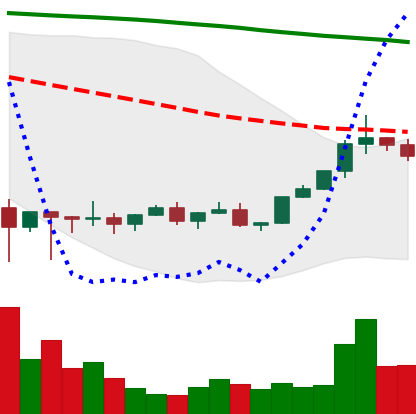
Ticker: XLM-USD
Chart end date: 2022-02-10
Forward return: -4.885%
Label: down_3_5